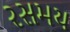
રસમય